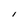
Character: I